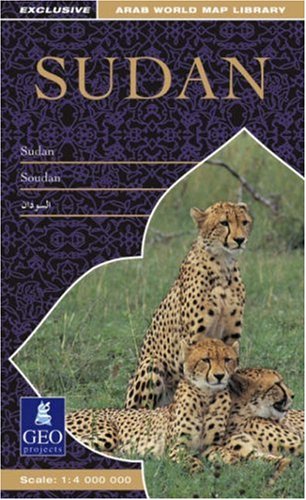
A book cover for Sudan Map (Arab World Map Library); Travel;